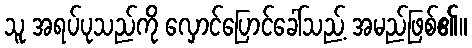
သူ အရပ်ပုသည်ကို လှောင်ပြောင်ခေါ်သည့် အမည်ဖြစ်၏။